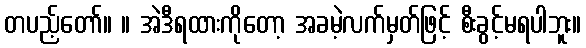
တပည့်တော်။ ။ အဲဒီရထားကိုတော့ အခမဲ့လက်မှတ်ဖြင့် စီးခွင့်မရပါဘူး။